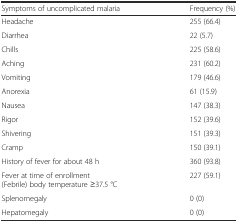
| Symptoms of uncomplicated malaria | Frequency (%) |
 | --- | --- |
 | Headache | 255 (66.4) |
 | Diarrhea | 22 (5.7) |
 | Chills | 225 (58.6) |
 | Aching | 231 (60.2) |
 | Vomiting | 179 (46.6) |
 | Anorexia | 61 (15.9) |
 | Nausea | 147 (38.3) |
 | Rigor | 152 (39.6) |
 | Shivering | 151 (39.3) |
 | Cramp | 150 (39.1) |
 | History of fever for about 48 h | 360 (93.8) |
 | Fever at time of enrollment (Febrile) body temperature ≥37.5 °C | 227 (59.1) |
 | Splenomegaly | 0 (0) |
 | Hepatomegaly | 0 (0) |